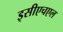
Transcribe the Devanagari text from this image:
इसीएचएल